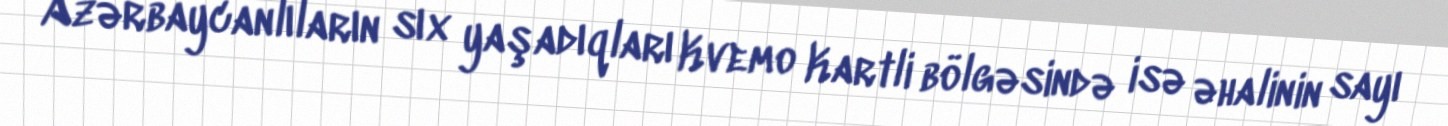
Azərbaycanlıların sıx yaşadıqları Kvemo Kartli bölgəsində isə əhalinin sayı